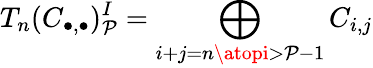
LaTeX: T_{n}(C_{\bullet,\bullet})_{\mathcal{P}}^{I}=\bigoplus_{i+j=n\atopi>\mathcal{P}-1}C_{i,j}